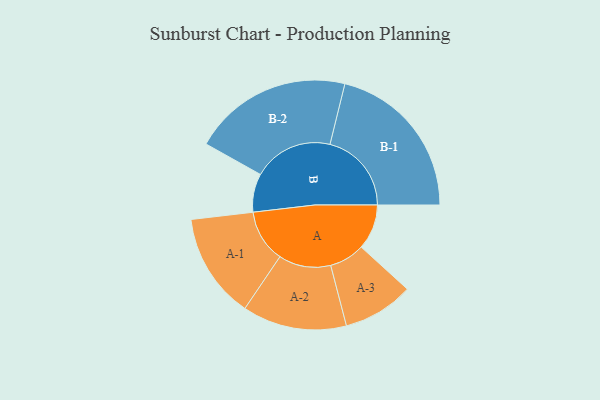
{"axis": {"x": "Segment", "y": "Value"}, "legend": ["", "A", "B"], "data": [{"x": "A", "y": 165, "type": ""}, {"x": "B", "y": 140, "type": ""}, {"x": "A-1", "y": 192, "type": "A"}, {"x": "A-2", "y": 190, "type": "A"}, {"x": "A-3", "y": 129, "type": "A"}, {"x": "B-1", "y": 297, "type": "B"}, {"x": "B-2", "y": 291, "type": "B"}]}